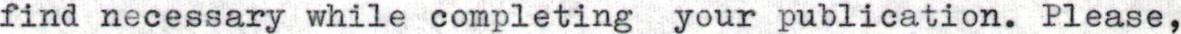
find necessary while completing your publication. Please,